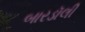
બારડૉલી